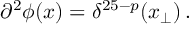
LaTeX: \partial ^ { 2 } \phi ( x ) = \delta ^ { 2 5 - p } ( x _ { \bot } ) \, .